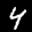
Label: 4